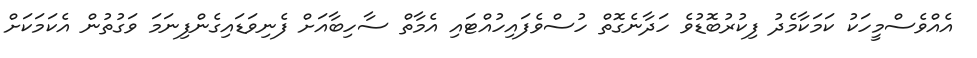
އެއްވެސްމީހަކު ކަމަކާމެދު ފިކުރުބޮޑުވެ ހަދާނެގޮތް ހުސްވެފައިހުއްޓައި އެމާތް ސާހިބާއަށް ފެނިވަޑައިގެންފިނަމަ ވަގުތުން އެކަމަކަށް